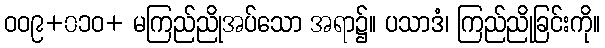
ဝဝ၉+၀၁ဝ+ မကြည်ညိုအပ်သော အရာ၌။ ပသာဒံ၊ ကြည်ညိုခြင်းကို။